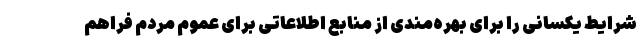
شرایط یکسانی را برای بهره‌مندی از منابع اطلاعاتی برای عموم مردم فراهم